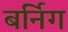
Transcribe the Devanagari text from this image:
बर्निग